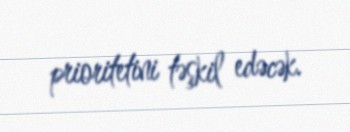
prioritetini təşkil edəcək.